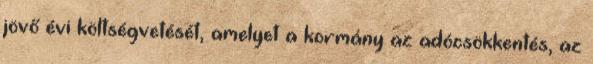
jövő évi költségvetését, amelyet a kormány az adócsökkentés, az